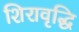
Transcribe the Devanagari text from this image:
शिरावृद्धि